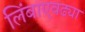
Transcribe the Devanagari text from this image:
लिंबाएवढ्या